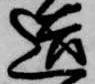
造